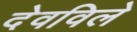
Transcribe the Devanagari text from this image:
देवविले